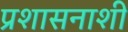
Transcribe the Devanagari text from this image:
प्रशासनाशी